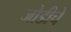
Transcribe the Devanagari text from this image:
जोडीचें